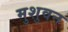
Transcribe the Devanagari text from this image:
मुशुवन